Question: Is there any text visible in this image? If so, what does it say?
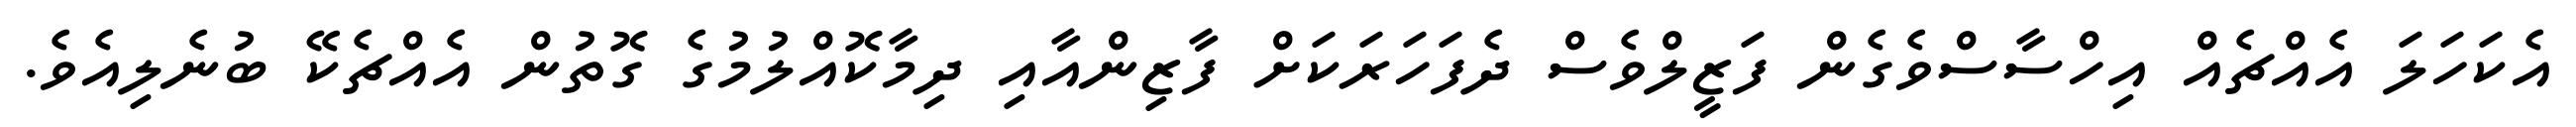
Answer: އެކަހަލަ އެއްޗެއް އިހްސާސްވެގެން ފަޒީލްވެސް ދެފަހަރަކަށް ފާޒިންއާއި ދިމާކޮއްލުމުގެ ގޮތުން އެއްޗެކޭ ބުނެލިއެވެ.